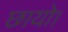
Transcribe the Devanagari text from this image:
छायो।